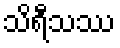
သိရီသဿ